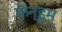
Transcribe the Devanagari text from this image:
फॅन्डम